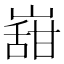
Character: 𭗌